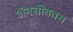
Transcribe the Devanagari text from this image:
अॅनसोबतच